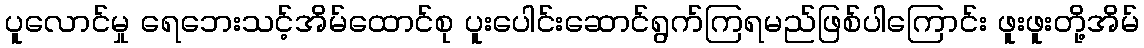
ပူလောင်မှု ရေဘေးသင့်အိမ်ထောင်စု ပူးပေါင်းဆောင်ရွက်ကြရမည်ဖြစ်ပါကြောင်း ဖူးဖူးတို့အိမ်